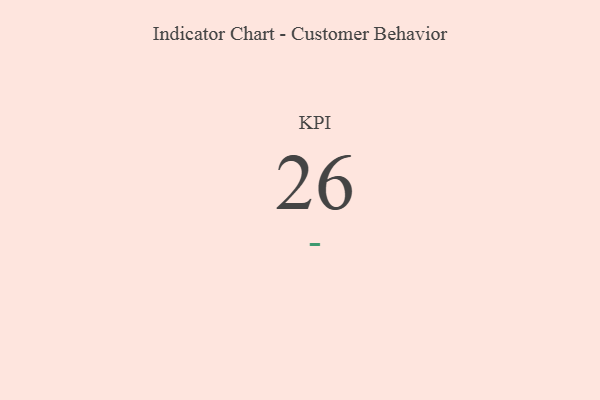
{"axis": {"x": "KPI", "y": "Value"}, "legend": [""], "data": [{"x": "KPI", "y": 26, "type": ""}]}